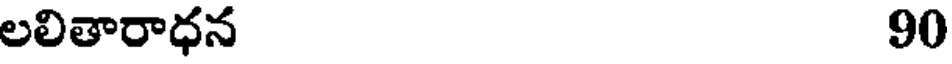
లలితారాధన 90